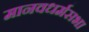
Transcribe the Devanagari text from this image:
मानवधर्मसभा